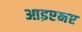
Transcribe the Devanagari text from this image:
आइएनए